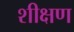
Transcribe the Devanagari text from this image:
शीक्षण